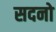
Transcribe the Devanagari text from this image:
सदनो